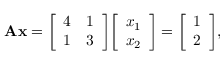
\mathbf { A } \mathbf { x } = { \left[ \begin{array} { l l } { 4 } & { 1 } \\ { 1 } & { 3 } \end{array} \right] } { \left[ \begin{array} { l } { x _ { 1 } } \\ { x _ { 2 } } \end{array} \right] } = { \left[ \begin{array} { l } { 1 } \\ { 2 } \end{array} \right] } ,